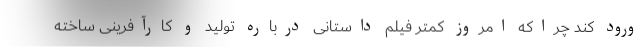
ورود کند چراکه امروز کمتر فیلم داستانی درباره تولید و کارآفرینی ساخته